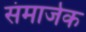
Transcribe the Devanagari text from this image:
संमार्जक